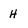
Character: H